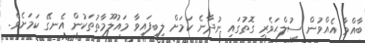
ބާއްވާ އެއްވުން ސުލްޙަވެރި ގޮތުގައި ނުދާނެ ކަމަށް ލިބިފައިވާ މައުލޫމާތުތަކުން އެނގޭ ކަމަށެވެ.